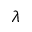
\lambda